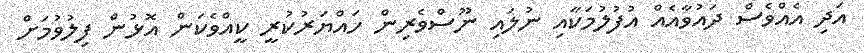
އަދި އެއްވެސް ދައުވާއެއް އުފުލުމަކާއި ނުލައި ނޫސްވެރިން ހައްޔަރުކުރީ ކީއްވެކަން އޮޅުން ފިލުވުމަށް